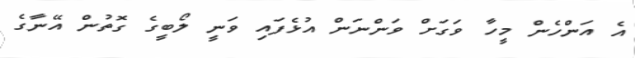
އެ އަންހެން މީހާ ވަގަށް ވަންނަން އުޅެފައި ވަނީ ލޯބީގެ ގޮތުން އޭނާގެ